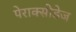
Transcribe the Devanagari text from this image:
पेराक्सीडेज